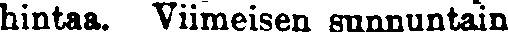
hintaa. Viimeisen sunnuntain